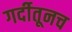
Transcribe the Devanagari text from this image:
गर्दीतूनच